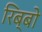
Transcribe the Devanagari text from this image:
रिब्बो